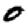
Digit: 0